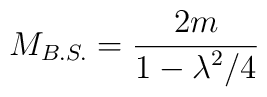
M_{B.S.}={2m\over\displaystyle{ 1-{\lambda^2/4}}}